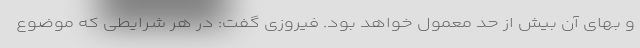
و بهای آن بیش از حد معمول خواهد بود. فیروزی گفت: در هر شرایطی که موضوع